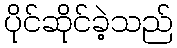
ပိုင်ဆိုင်ခဲ့သည်